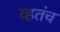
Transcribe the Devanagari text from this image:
व्हतंच